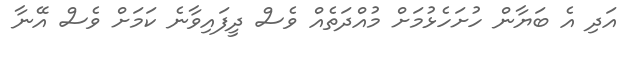
އަދި އެ ބަޔާން ހުށަހެޅުމަށް މުއްދަތެއް ވެސް ދީފައިވާނެ ކަމަށް ވެސް އޭނާ